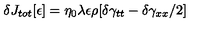
\delta J _ { t o t } [ \epsilon ] = \eta _ { 0 } \lambda \epsilon \rho [ \delta \gamma _ { t t } - \delta \gamma _ { x x } / 2 ]